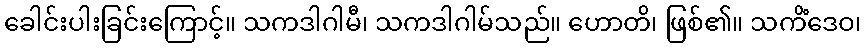
ခေါင်းပါးခြင်းကြောင့်။ သကဒါဂါမီ၊ သကဒါဂါမ်သည်။ ဟောတိ၊ ဖြစ်၏။ သကိံဒေဝ၊